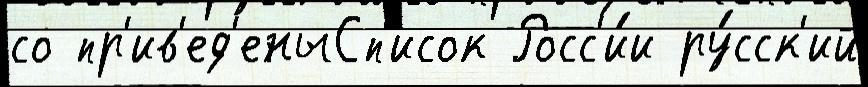
со пр'ив'ед'еныСп'исок Росс'и́и ру́сск'ий